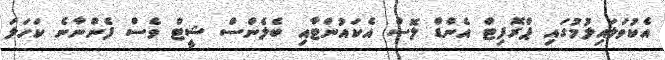
އެކުވަލައިލުމުގައި ޕްރޮފިޓް އެންޑް ލޮސް އެކައުންޓާއި ބެލެންސް ޝީޓް ވެސް ފެންނާނެ ކަހަަލަ